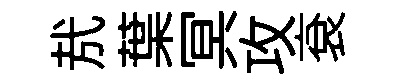
㢤葉冥攻袞